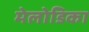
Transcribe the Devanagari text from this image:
मेलोडिका